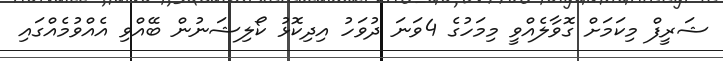
ޝަރީފް މިކަމަށް ގޮވާލެއްވީ މިމަހުގެ 4ވަނަ ދުވަހު އިދިކޮޅު ކޯލިޝަނުން ބޭއްވި އެއްވުމެއްގައި